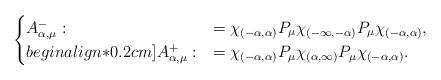
LaTeX: \begin{align*}\begin{cases}A_{\alpha,\mu}^-:&=\chi_{(-\alpha, \alpha)} P_\mu \chi_{(-\infty,-\alpha)} P_\mu \chi_{(-\alpha, \alpha)},\\begin{align*}0.2cm]A_{\alpha,\mu}^+:&= \chi_{(-\alpha, \alpha)} P_\mu \chi_{(\alpha,\infty)} P_\mu \chi_{(-\alpha, \alpha)}.\end{cases}\end{align*}